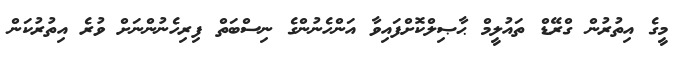
މީގެ އިތުރުން ގްރޭޑް ތައުލީމް ޙާޞިލްކޮށްފައިވާ އަންހެނުންގެ ނިސްބަތް ފިރިހެނުންނަށް ވުރެ އިތުރުކަން